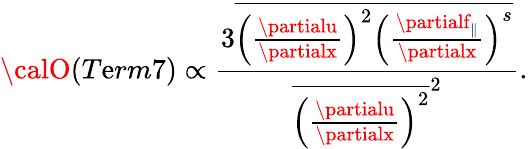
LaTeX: {\calO}(T\mathrm{e}rm7)\propto\frac{{3\overline{{{\left(\frac{{\partialu}}{{\partialx}}\right)^{2}\left(\frac{{\partialf_{\parallel}}}{{\partialx}}\right)^{s}}}}}}{{{\overline{{{\left(\frac{{\partialu}}{{\partialx}}\right)^{2}}}}^{2}}}}.